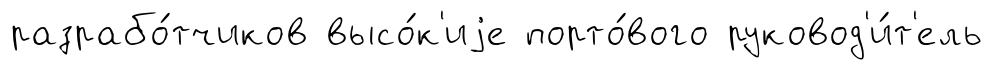
разрабо́тчиков высо́к'иjе порто́вого руковод'и́т'ель